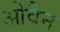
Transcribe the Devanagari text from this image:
ओवैन